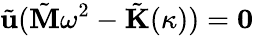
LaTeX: \tilde{\textbf{u}}(\tilde{\textbf{M}}\omega^{2}-\tilde{\textbf{K}}(\kappa))=\textbf{0}